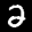
Label: 2